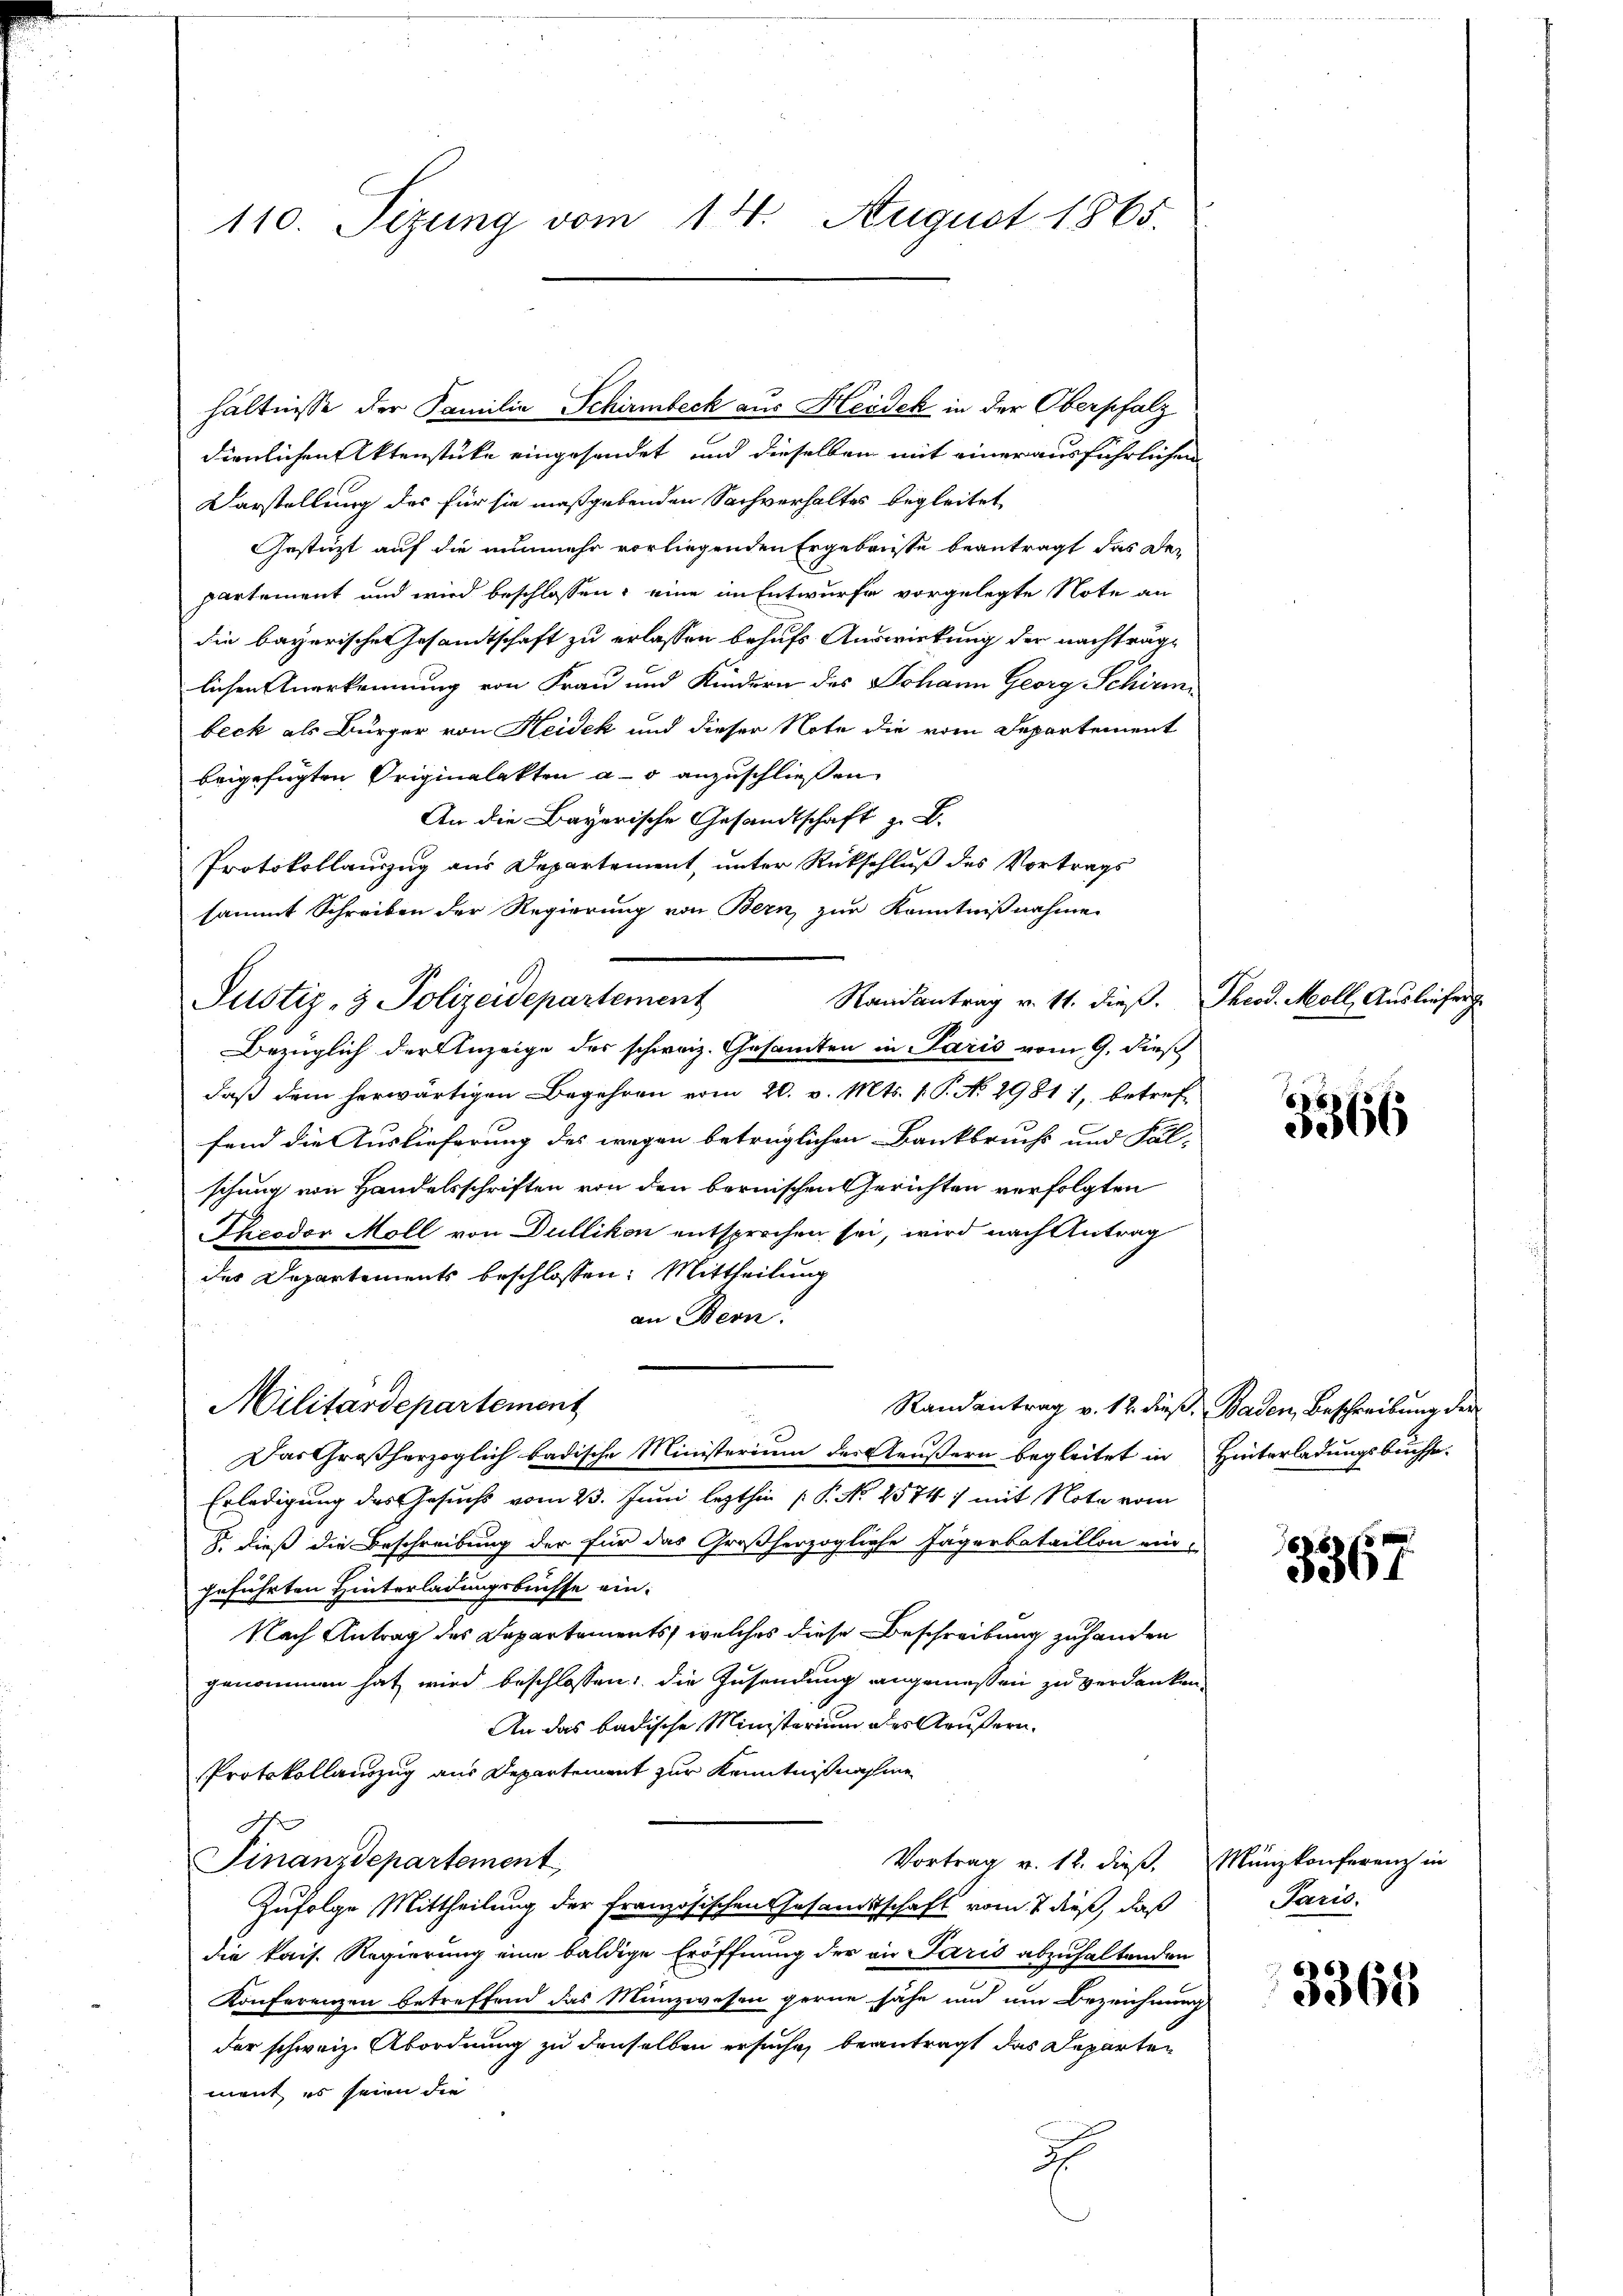
110. Sizung vom 14. August 1865.

hältnisse der Familia Schirmbeck aus Heidek in der Oberpfalz
dienlichen Aktenstücke eingesendet und dieselben mit einer ausführlichen
Darstellung des für sie maßgebenden Sachverhaltes begleitet,
Gestützt auf die nunmehr vorliegenden Ergebnisse beantragt das Departement und wird beschlossen: eine an Entwurfe vorgelegte Note an
die bayerischen Gesamtschaft zu erlassen behufs Auswirkung der nachträglichen Anerkennung von Frau und Kindern des Johann Georg Schirmi
beck als Bürger von Heidek und dieser Note die vom Departement
beigefügten Originalakten a. o anzuschließen
An die Bayerische Gesandtschaft z. B.
Protokollauszug aus Departement, unter Rückschluß des Vortrags
sammt Schreiben der Regierung von Bern, zur Kenntnißnahme
Randantrag v. 11. dieß. Theod. Moll, Ausliefer
Justiz- & Polizeidepartement
Bezüglich der Anzeige des schweiz. Gesamten in Paris vom 9. diesch
daß dem herwärtigen Begehren vom 20. v. Mts. 1. P. No 2981 1, betreffend die Auslieferung des wegen betrüglichen Bankbruchs und Fal-
schung von Handelsschriften von den bernischen Gerichten verfolgten
Theodor Moll von Dullikon entsprochen sei, wird nach Antrag
der Departements beschlossen: Mittheilung
an Bern
Militärdepartement
Randantrag v. 12. dieß, Baden, Beschreibung der
Das Großherzoglich badische Ministerium der Aeußern begleitet in
Erledigung des Gesuchs vom 23. Juni lezthin P. No. 4574 :/ mit Note vom
8. dieß die Beschreibung der für das Großherzogliche Jägerbataillon ein-
geführten Hinterladungsbrisse ein.
Nach Antrag des Departements, welches diese Beschreibung zuhanden
genommen hat wird beschlossen: die Zusendung angemessen zu verdanken.
An das badische Ministerium des Aeußern.
Protokollauszug aus Departement zur Kenntnißnahme
.
Finanzdepartement,
Vortrag v. 12. dieß,
Zufolge Mittheilung der französischen Gesandtschaft vom 7 dieß, daß
die kais. Regierung eine baldige Eröffnung der an Paris abzuhaltenden
Konferenzen betreffend das Münzwesen gerne sähe und um Bezeichnung
der schweiz. Abordnung zu denselben ersuche, beantragt das Departen
ment es seien die
.

8
5366

Hinterladungsbuchse.

6.8.
3801

Münzkonferenz in
Paris.

3365